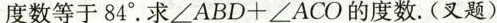
度数等于84°.求\angle ABD+\angle ACO的度数.(叉题)